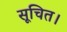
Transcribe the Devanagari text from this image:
सूचित।